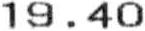
19.40